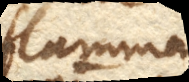
flamma